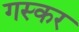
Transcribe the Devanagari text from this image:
गस्कर